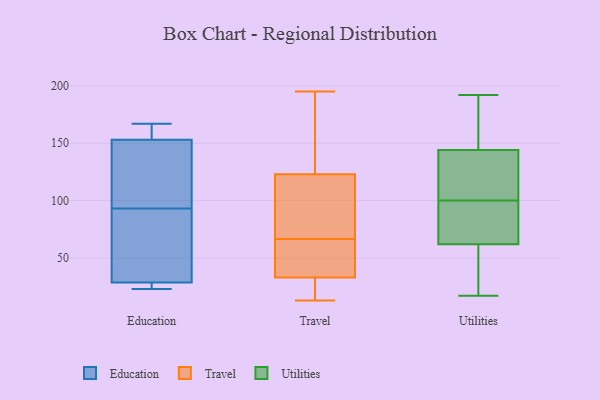
{"axis": {"x": "Temperature (°C)", "y": "Value"}, "legend": ["Education", "Travel", "Utilities"], "data": [{"x": "", "y": 150, "type": "Education"}, {"x": "", "y": 160, "type": "Education"}, {"x": "", "y": 29, "type": "Education"}, {"x": "", "y": 156, "type": "Education"}, {"x": "", "y": 103, "type": "Education"}, {"x": "", "y": 28, "type": "Education"}, {"x": "", "y": 83, "type": "Education"}, {"x": "", "y": 167, "type": "Education"}, {"x": "", "y": 23, "type": "Education"}, {"x": "", "y": 24, "type": "Education"}, {"x": "", "y": 121, "type": "Education"}, {"x": "", "y": 75, "type": "Education"}, {"x": "", "y": 36, "type": "Travel"}, {"x": "", "y": 116, "type": "Travel"}, {"x": "", "y": 130, "type": "Travel"}, {"x": "", "y": 13, "type": "Travel"}, {"x": "", "y": 195, "type": "Travel"}, {"x": "", "y": 54, "type": "Travel"}, {"x": "", "y": 74, "type": "Travel"}, {"x": "", "y": 13, "type": "Travel"}, {"x": "", "y": 52, "type": "Travel"}, {"x": "", "y": 61, "type": "Travel"}, {"x": "", "y": 27, "type": "Travel"}, {"x": "", "y": 72, "type": "Travel"}, {"x": "", "y": 193, "type": "Travel"}, {"x": "", "y": 78, "type": "Travel"}, {"x": "", "y": 190, "type": "Travel"}, {"x": "", "y": 30, "type": "Travel"}, {"x": "", "y": 114, "type": "Utilities"}, {"x": "", "y": 39, "type": "Utilities"}, {"x": "", "y": 192, "type": "Utilities"}, {"x": "", "y": 17, "type": "Utilities"}, {"x": "", "y": 108, "type": "Utilities"}, {"x": "", "y": 79, "type": "Utilities"}, {"x": "", "y": 80, "type": "Utilities"}, {"x": "", "y": 117, "type": "Utilities"}, {"x": "", "y": 144, "type": "Utilities"}, {"x": "", "y": 133, "type": "Utilities"}, {"x": "", "y": 148, "type": "Utilities"}, {"x": "", "y": 71, "type": "Utilities"}, {"x": "", "y": 173, "type": "Utilities"}, {"x": "", "y": 62, "type": "Utilities"}, {"x": "", "y": 155, "type": "Utilities"}, {"x": "", "y": 92, "type": "Utilities"}, {"x": "", "y": 38, "type": "Utilities"}, {"x": "", "y": 30, "type": "Utilities"}]}